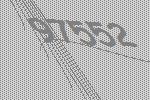
97552